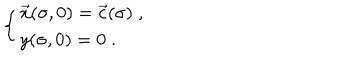
\left\{ \begin{array} { l } { { \vec { x } ( \sigma , 0 ) = \vec { c } ( \sigma ) \; , } } \\ { { y ( \sigma , 0 ) = 0 \; . } } \\ \end{array} \right.